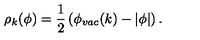
\rho _ { k } ( \phi ) = { \frac { 1 } { 2 } } \left( \phi _ { v a c } ( k ) - \vert \phi \vert \right) .